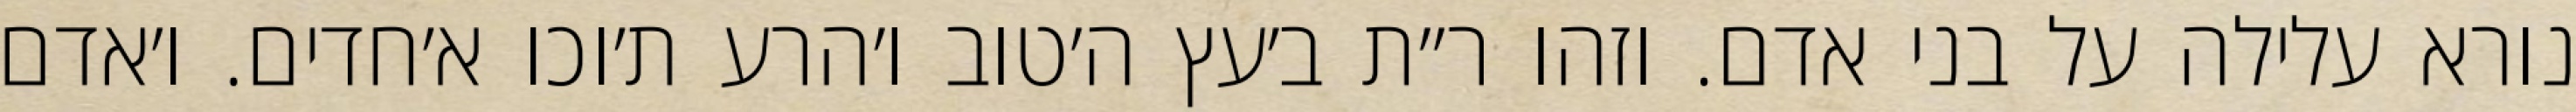
נורא עלילה על בני אדם. וזהו ר״ת ב׳עץ ה׳טוב ו׳הרע ת׳וכו א׳חדים. ו׳אדם